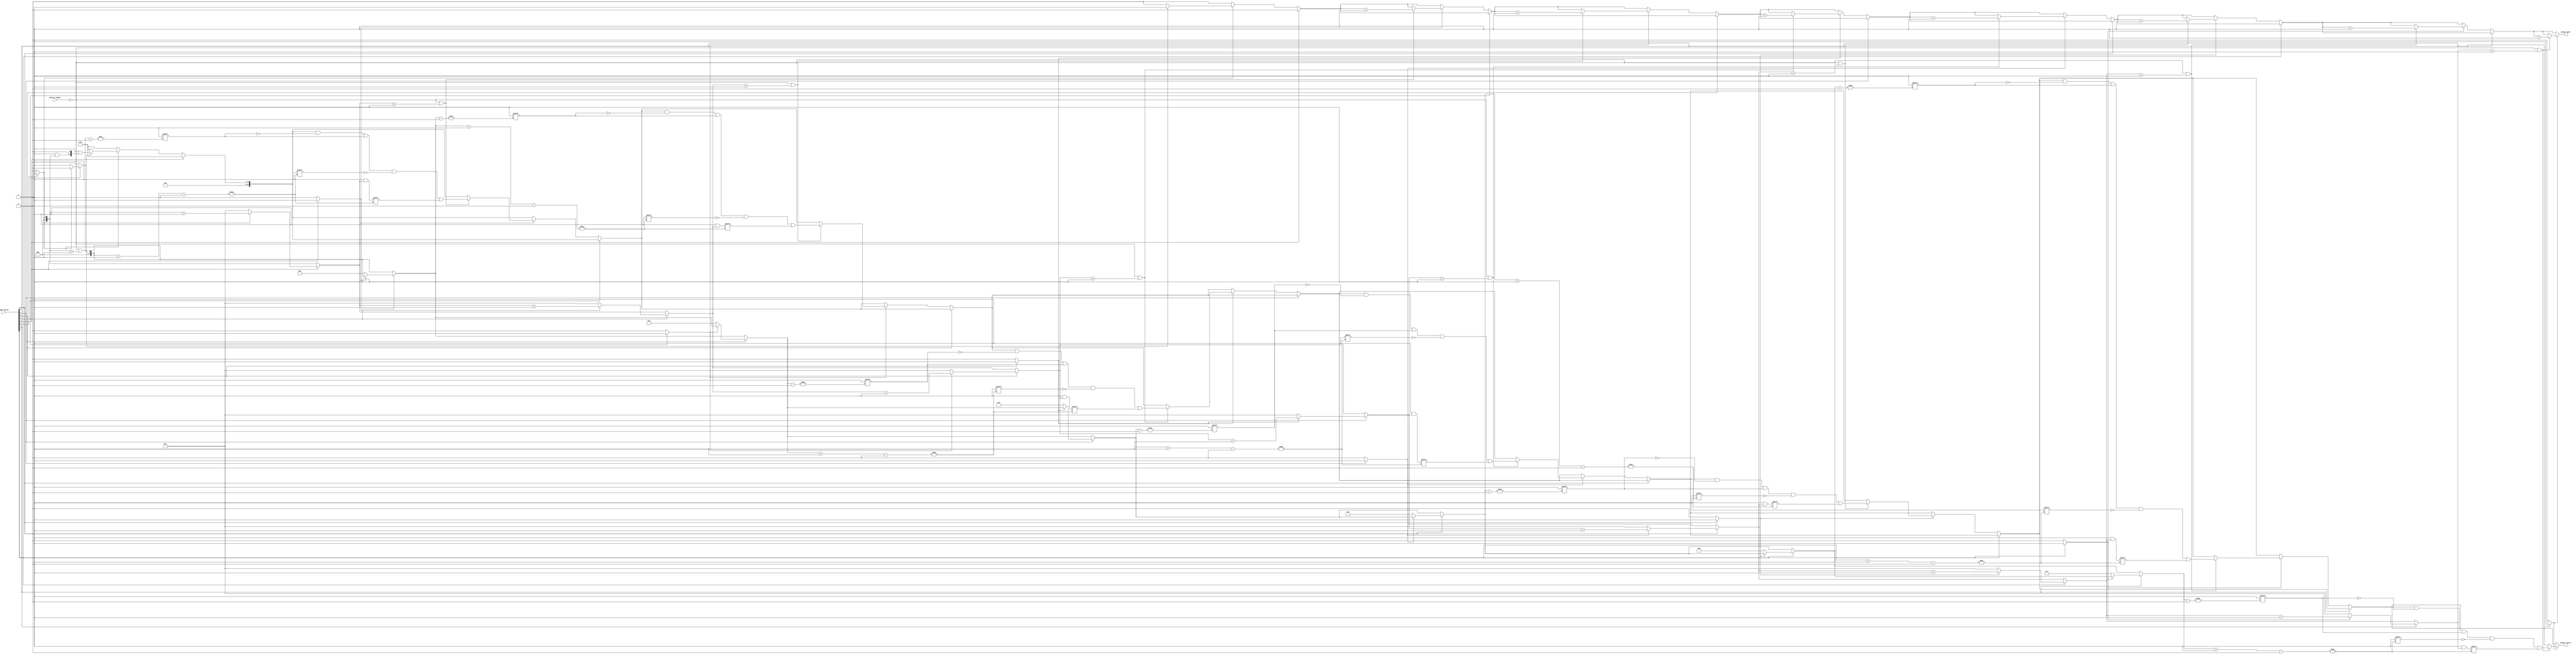
module grouping_of_ones #(
    parameter N = 8, // Size of the input vector
    parameter M = 16 // Size of the output vector (adjust as needed)
)(
    input  wire [N-1:0] input_vector, // Input binary vector
    input  wire          control_signal, // Control signal for grouping behavior
    output reg  [M-1:0] output_vector, // Output vector for grouped '1's
    output reg          group_count      // Count of groups found
);

    integer i;
    reg [M-1:0] temp_output; // Temporary output storage
    reg in_group;            // Flag to indicate if currently in a group
    reg [3:0] group_length;  // Length of the current group
    reg [3:0] group_index;   // Index for output vector

    always @(*) begin
        // Initialize outputs
        temp_output = 0;
        group_count = 0;
        in_group = 0;
        group_length = 0;
        group_index = 0;

        // Scan through the input vector
        for (i = 0; i < N; i = i + 1) begin
            if (input_vector[i] == 1'b1) begin
                if (!in_group) begin
                    // Start of a new group
                    in_group = 1;
                    group_length = 1;
                    group_index = i; // Store the starting index of the group
                end else begin
                    // Continue the current group
                    group_length = group_length + 1;
                end
            end else begin
                if (in_group) begin
                    // End of the current group
                    if (control_signal == 1'b0 || group_length > 1) begin
                        // Store the group in the output if control signal allows
                        temp_output[group_index] = 1'b1; // Mark the start of the group
                        temp_output[group_index + 1] = group_length; // Store the length
                        group_count = group_count + 1; // Increment group count
                    end
                    in_group = 0; // Reset group flag
                end
            end
        end

        // Handle case where the last group ends at the end of the vector
        if (in_group) begin
            if (control_signal == 1'b0 || group_length > 1) begin
                temp_output[group_index] = 1'b1; // Mark the start of the group
                temp_output[group_index + 1] = group_length; // Store the length
                group_count = group_count + 1; // Increment group count
            end
        end

        // Assign the temporary output to the output vector
        output_vector = temp_output;
    end

endmodule